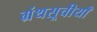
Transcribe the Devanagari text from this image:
ग्रंथसूचीयाँ